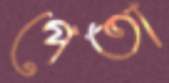
পেতা